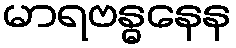
မာရဗန္ဓနေန